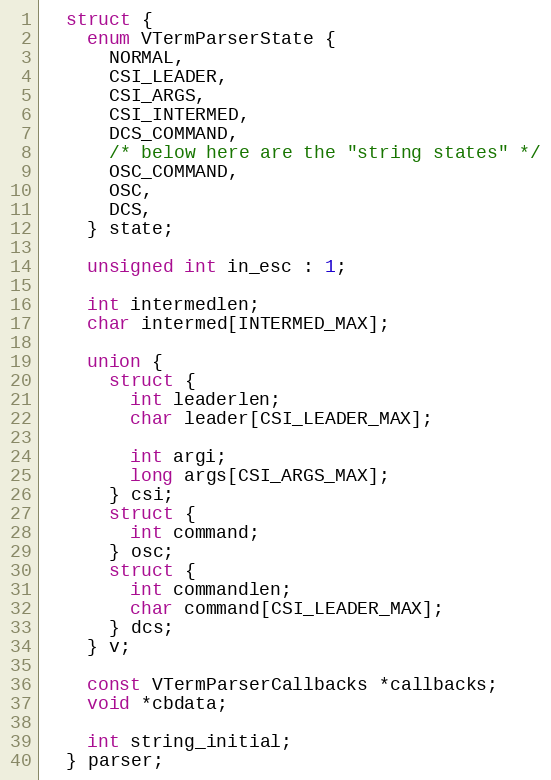
Language: C
  struct {
    enum VTermParserState {
      NORMAL,
      CSI_LEADER,
      CSI_ARGS,
      CSI_INTERMED,
      DCS_COMMAND,
      /* below here are the "string states" */
      OSC_COMMAND,
      OSC,
      DCS,
    } state;

    unsigned int in_esc : 1;

    int intermedlen;
    char intermed[INTERMED_MAX];

    union {
      struct {
        int leaderlen;
        char leader[CSI_LEADER_MAX];

        int argi;
        long args[CSI_ARGS_MAX];
      } csi;
      struct {
        int command;
      } osc;
      struct {
        int commandlen;
        char command[CSI_LEADER_MAX];
      } dcs;
    } v;

    const VTermParserCallbacks *callbacks;
    void *cbdata;

    int string_initial;
  } parser;